Vital statistics of India. Vol. V, Reports of 1876 on armies & jails and on epidemic cholera
Year: 1876
Disease focus: Cholera
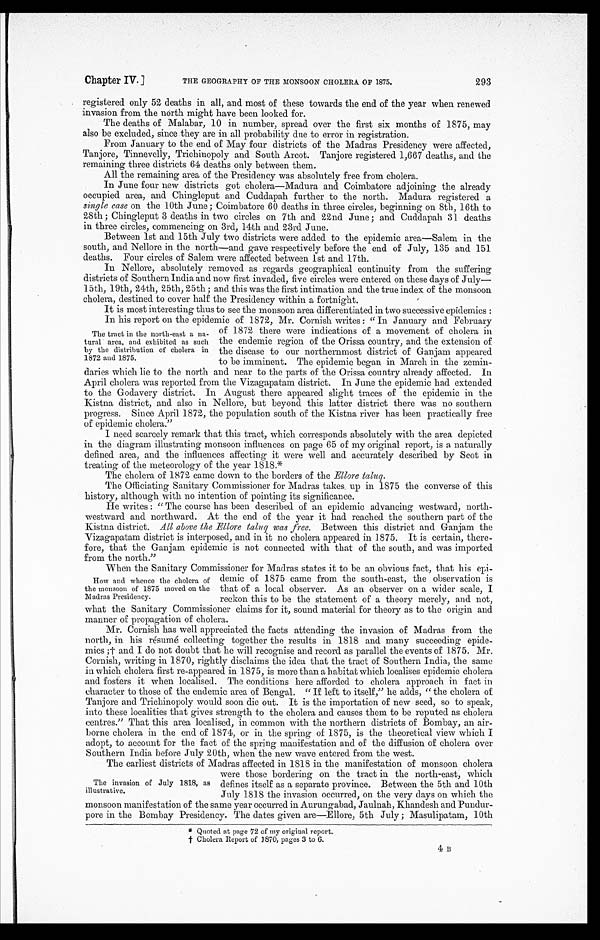
Chapter IV.]
THE GEOGRAPHY OF THE MONSOON CHOLERA OF 1875.
293
registered only 52 deaths in all, and most of these towards the end of the year when renewed
invasion from the north might have been looked for.
The deaths of Malabar, 10 in number, spread over the first six months of 1875, may
also be excluded, since they are in all probability due to error in registration.
From January to the end of May four districts of the Madras Presidency were affected,
Tanjore, Tinnevelly, Trichinopoly and South Arcot. Tanjore registered 1,667 deaths, and the
remaining three districts 64 deaths only between them.
All the remaining area of the Presidency was absolutely free from cholera.
In June four new districts got cholera—Madura and Coimbatore adjoining the already
occupied area, and Chingleput and Cuddapah further to the north. Madura registered a
single case on the 10th June; Coimbatore 60 deaths in three circles, beginning on 8th, 16th to
28th ; Chingleput 3 deaths in two circles on 7th and 22nd June ; and Cuddapah 31 deaths
in three circles, commencing on 3rd, 14th and 23rd June.
Between 1st and 15th July two districts were added to the epidemic area—Salem in the
south, and Nellore in the north—and gave respectively before the end of July, 135 and 151
deaths. Four circles of Salem were affected between 1st and 17th.
In Nellore, absolutely removed as regards geographical continuity from the suffering
districts of Southern India and now first invaded, five circles were entered on these days of July
—
15th, 19th, 24th, 25th, 25th; and this was the first intimation and the true index of the monsoon
cholera, destined to cover half the Presidency within a fortnight.
It is most interesting thus to see the monsoon area differentiated in two successive epide
m i c s :
In his report on the epidemic of 1872, Mr. Cornish writes : "In January and February
of 1872 there were indications of a movement of cholera in
the endemic region of the Orissa country, and the extension of
the disease to our northernmost district of Ganjam appeared
to be imminent. The epidemic began in March in the zemin
-
daries which lie to the north and near to the parts of the Orissa country already affected. In
April cholera was reported from the Vizagapatam district. In June the epidemic had extended
to the Godavery district. In August there appeared slight traces of the epidemic in the
Kistna district, and also in Nellore, but beyond this latter district there was no southern
progress. Since April 1872, the population south of the Kistna river has been practically free
of epidemic cholera."
I need scarcely remark that this tract, which corresponds absolutely with the area depicted
in the diagram illustrating monsoon influences on page 65 of my original report, is a naturally
defined area, and the influences affecting it were well and accurately described by Scot in
treating of the meteorology of the year 1818.*
The cholera of 1872 came down to the borders of the Ellore taluq.
The Officiating Sanitary Commissioner for Madras takes up in 1875 the converse of this
history, although with no intention of pointing its significance.
He writes : "The course has been described of an epidemic advancing westward, north-
westward and northward. At the end of the year it had reached the southern part of the
Kistna district. All above the Ellore taluq was free. Between this district and Ganjam the
Vizagapatam district is interposed, and in it no cholera appeared in 1875. It is certain, there
-
fore, that the Ganjam epidemic is not connected with that of the south, and was imported
from the north."
When the Sanitary Commissioner for Madras states it to be an obvious fact, that his epi
-
demic of 1875 came from the south-east, the observation is
that of a local observer. As an observer on a wider scale, I
reckon this to be the statement of a theory merely, and not,
what the Sanitary Commissioner claims for it, sound material for theory as to the origin and
manner of propagation of cholera.
Mr. Cornish has well appreciated the facts attending the invasion of Madras from the
north, in his résumé collecting together the results in 1818 and many succeeding epide
-
mics ;† and I do not doubt that he will recognise and record as parallel the events of 1875. Mr.
Cornish, writing in 1870, rightly disclaims the idea that the tract of Southern India, the same
in which cholera first re-appeared in 1875, is more than a habitat which localises epidemic cholera
and fosters it when localised. The conditions here afforded to cholera approach in fact in
character to those of the endemic area of Bengal. "If left to itself," he adds, "the cholera of
Tanjore and Triehinopoly would soon die out. It is the importation of new seed, so to speak,
into these localities that gives strength to the cholera and causes them to be reputed as cholera
centres."That this area localised, in common with the northern districts of Bombay, an air-
borne cholera in the end of 1874, or in the spring of 1875, is the theoretical view which I
adopt, to account for the fact of the spring manifestation and of the diffusion of cholera over
Southern India before July 20th, when the new wave entered from the west.
The earliest districts of Madras affected in 1818 in the manifestation of monsoon cholera
were those bordering on the tract in the north-east, which
defines itself as a separate province. Between the 5th and 10th
July 1818 the invasion occurred, on the very days on which the
monsoon manifestation of the same year occurred in Aurungabad, Jaulnah, Khandesh and Pundur -
pore in the Bombay Presidency. The dates given are—Ellore, 5th July ; Masulipatam, 10th
* Quoted at page 72 of my original report.
† C h o l e r a R e p o r t o f 1 8 7 0 , p a g e s 3 t o 6 .
The tract in the north-east a na
-tural area, and exhibited as such
by the distribution of cholera in
1872 and 1875.
How and whence the cholera of
the monsoon of 1875 moved on the
Madras Presidency.
The invasion of July 1818, as
illustrative.
4 B